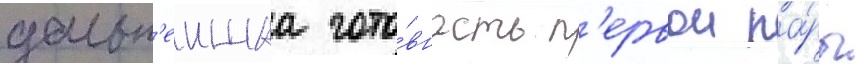
дальн'еишаа гото́вность п'ервои па́ры